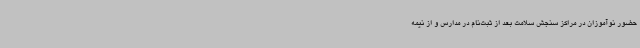
حضور نوآموزان در مراکز سنجش سلامت بعد از ثبت‌نام در مدارس و از نیمه